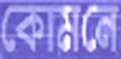
কোমনে